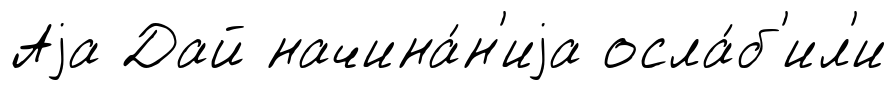
Аjа Дай начина́н'иjа осла́б'ил'и